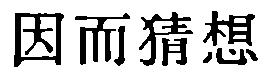
因而猜想